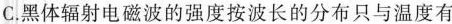
C.黑体辐射电磁波的强度按波长的分布只与温度有